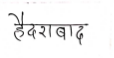
मजकूर: हैदराबाद